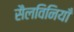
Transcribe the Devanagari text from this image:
सैलविनियाँ